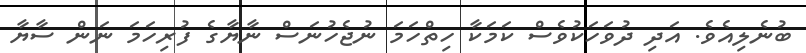
ބުނެލިއެވެ. އަދި ދުވަހަކުވެސް ކަމަކާ ހިތްހަމަ ނުޖެހުނަސް ނާޔާގެ ފުރިހަމަ ނަން ސާޔާ